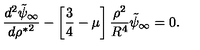
{ \frac { d ^ { 2 } \tilde { \psi } _ { \infty } } { d { \rho ^ { * } } ^ { 2 } } } - \left[ { \frac { 3 } { 4 } } - \mu \right] { \frac { \rho ^ { 2 } } { R ^ { 4 } } } \tilde { \psi } _ { \infty } = 0 .